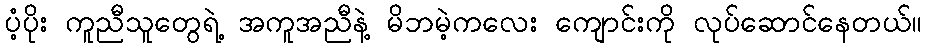
ပံ့ပိုး ကူညီသူတွေရဲ့ အကူအညီနဲ့ မိဘမဲ့ကလေး ကျောင်းကို လုပ်ဆောင်နေတယ်။